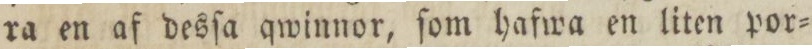
ra en af desſa qwinnor, ſom hafwa en liten por=